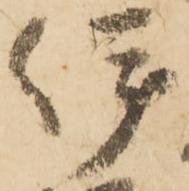
伊